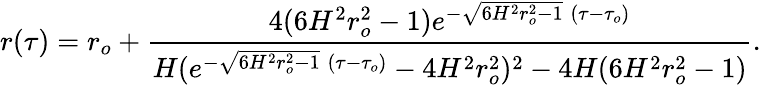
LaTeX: r(\tau)=r_{o}+\frac{4(6H^{2}r_{o}^{2}-1)e^{-\sqrt{6H^{2}r_{o}^{2}-1}\; (\tau-\tau_{o})}}{H(e^{-\sqrt{6H^{2}r_{o}^{2}-1}\; (\tau-\tau_{o})}-4H^{2}r_{o}^{2})^{2}-4H(6H^{2}r_{o}^{2}-1)}.